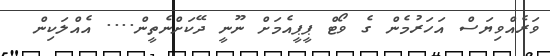
ވަރެއްވިޔަސް އަހަރުމެން ގެ ވޯޓް ޕީޕީއެމަށް ނޫނީ ދޭކަށްނެތީން.... އެއްލަކިން